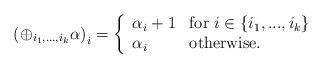
LaTeX: \begin{align*}\left( \oplus_{i_1,...,i_k} \alpha \right)_i = \left\{ \begin{array}{ll} \alpha_i + 1 & \textrm{for}\ i \in \{i_1,...,i_k\} \\ \alpha_i & \textrm{otherwise.} \\ \end{array} \right.\end{align*}